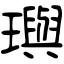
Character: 璵